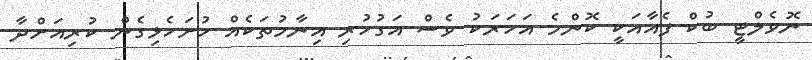
ނޮވެލްޓީ ބުކް ފެއާއަކީ ކޮންމެ އަހަރަކު ވެސް އަގުހުރި އިނާމުތަކެއް ހުށަހެޅިގެން ކުރިއަށްދާ